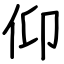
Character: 仰